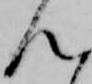
ん